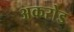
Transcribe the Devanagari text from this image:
अकरोड